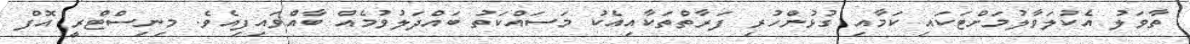
ތާވަލު އެކުލަވާލުމަށްޓަކައި ކަމާއި ގުޅުންހުރި ފަރާތްތަކާއިއެކު މަސައްކަތު ބައްދަލުވުމެއް ބާއްވައިފިއެވެ. މިނިސްޓްރީ އޮފް